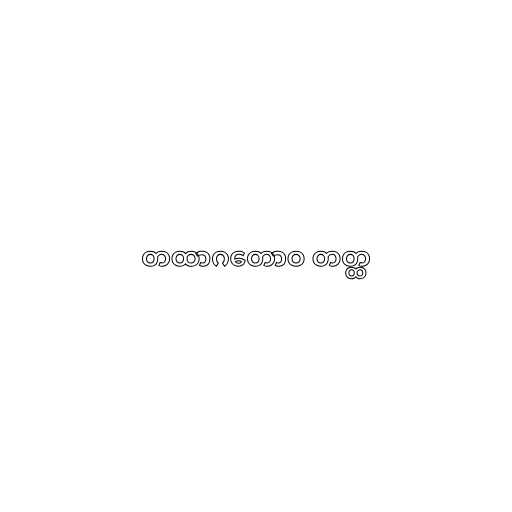
တထာဂတောဝ တတ္ထ